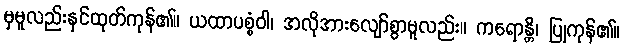
မှမူလည်းနှင်ထုတ်ကုန်၏။ ယထာပစ္စံဝါ၊ အလိုအားလျော်စွာမူလည်း။ ကရောန္တိ၊ ပြုကုန်၏။